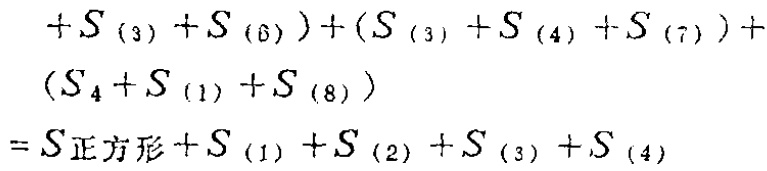
\[

\begin{align*}

&+S_{(3)} + S_{(6)})+(S_{(3)} + S_{(4)} + S_{(7)})+\\

&(S_{4}+S_{(1)} + S_{(8)})\\

=&S_{正方形}+S_{(1)} + S_{(2)} + S_{(3)} + S_{(4)}

\end{align*}

\]